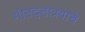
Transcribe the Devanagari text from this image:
गीतदत्तात्रयाचे